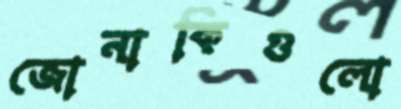
জোনাকিগুলো